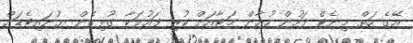
އޭގެ ހަތް މިނެޓް ފަހުން ހުއާން މަޓާއަށް ކުރި ފައުލަކާ ގުޅިގެން ޔުނައިޓެޑަށް